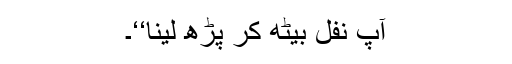
آپ نفل بیٹھ کر پڑھ لینا‘‘۔